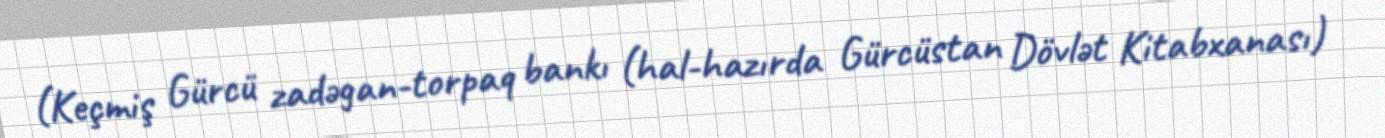
(Keçmiş Gürcü zadəgan-torpaq bankı (hal-hazırda Gürcüstan Dövlət Kitabxanası)